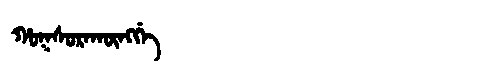
Manchu: ᡥᠣᡴᠰᠣᡵᠠᡴᡡᠩᡤᡝ
Romanization: HOKSORAKŪNGGE